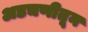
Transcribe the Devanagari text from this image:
अडचणीतून